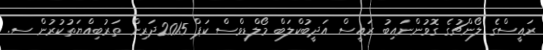
ރައީސްގެ ލޯންޗުގެ ގޮވުންނައިބު ރައީސް އަދީބުކްލަބް މޯލްޑިވްސް ކަޕް 2015ދަރިން ތަރުބިއްޔަތުކުރުން ސ.